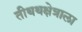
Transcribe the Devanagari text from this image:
तीथथक्षेत्राला